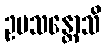
ဥပသန္တောသိ